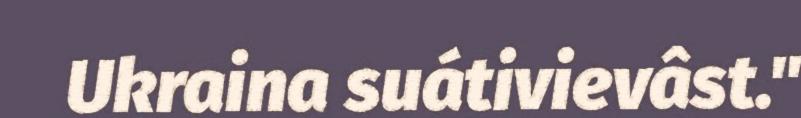
Ukraina suátivievâst."